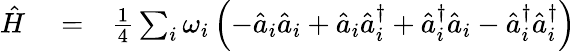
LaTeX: \begin{array}{rlr}{\hat{H}}&{{}=}&{\frac{1}{4}\sum_{i}\omega_{i}\left(-\hat{a}_{i}\hat{a}_{i}+\hat{a}_{i}\hat{a}_{i}^{\dagger}+\hat{a}_{i}^{\dagger}\hat{a}_{i}-\hat{a}_{i}^{\dagger}\hat{a}_{i}^{\dagger}\right)}\end{array}